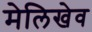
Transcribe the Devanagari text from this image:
मेलिखेव